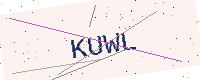
Text: KUWL